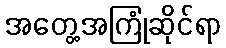
အတွေ့အကြုံဆိုင်ရာ